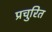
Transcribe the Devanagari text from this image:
प्रचुरित